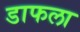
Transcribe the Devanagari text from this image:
डाफला